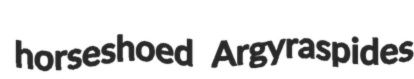
horseshoed Argyraspides